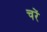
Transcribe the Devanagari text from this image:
चरें